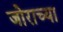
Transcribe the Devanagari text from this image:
जोराच्या